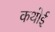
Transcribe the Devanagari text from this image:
कथोई